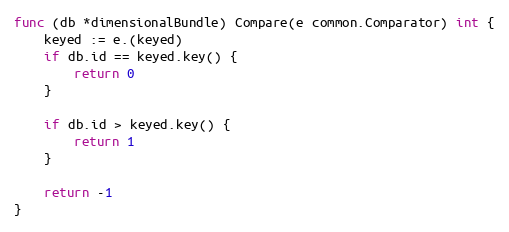
Language: Go
func (db *dimensionalBundle) Compare(e common.Comparator) int {
	keyed := e.(keyed)
	if db.id == keyed.key() {
		return 0
	}

	if db.id > keyed.key() {
		return 1
	}

	return -1
}